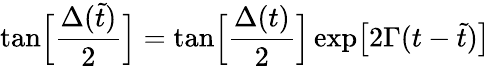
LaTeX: \mathrm{tan}\Big[{\frac{\Delta(\tilde{t})}{2}}\Big]=\mathrm{tan}\Big[{\frac{\Delta(t)}{2}}\Big]\, \mathrm{exp}\big[2\Gamma(t-\tilde{t})\big]